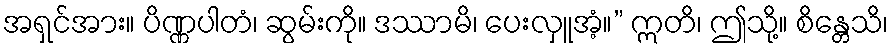
အရှင်အား။ ပိဏ္ဏပါတံ၊ ဆွမ်းကို။ ဒဿာမိ၊ ပေးလှူအံ့။” ဣတိ၊ ဤသို့။ စိန္တေသိ၊